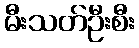
မီးသတ်ဦးစီး